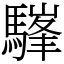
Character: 𩥪